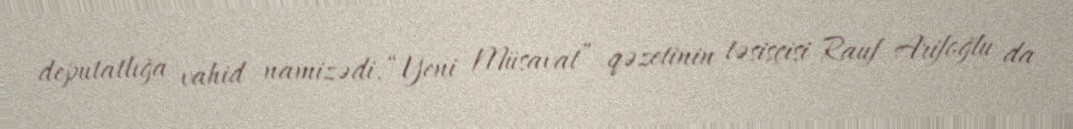
deputatlığa vahid namizədi, “Yeni Müsavat” qəzetinin təsisçisi Rauf Arifoğlu da